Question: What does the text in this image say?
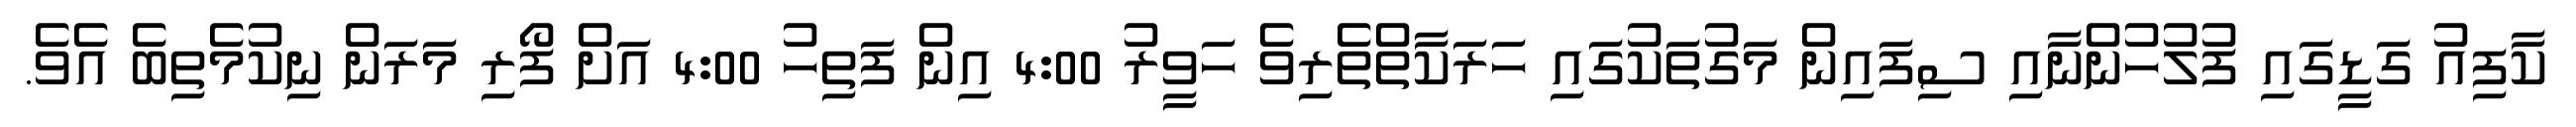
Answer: ކާފިއު ގަޑީގައި ފުލުހުންނާއި ސިފައިން މަގުތަކުގައި ހަރަކާތްތެރިވެ ހަވީރު 4:00 އިން ފަތިހު 4:00 އަށް ފޯރި މަރަން ނިކުމެތިބެ އެވެ.